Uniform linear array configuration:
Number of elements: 24
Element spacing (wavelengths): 1
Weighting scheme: kaiser
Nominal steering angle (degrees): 15
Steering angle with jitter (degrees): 14.464
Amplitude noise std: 0.05
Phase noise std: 0.05

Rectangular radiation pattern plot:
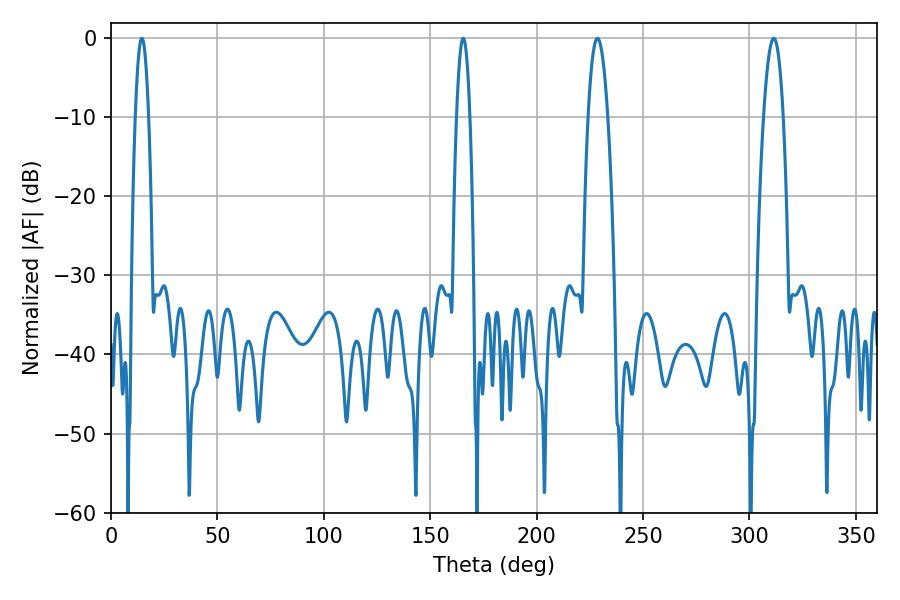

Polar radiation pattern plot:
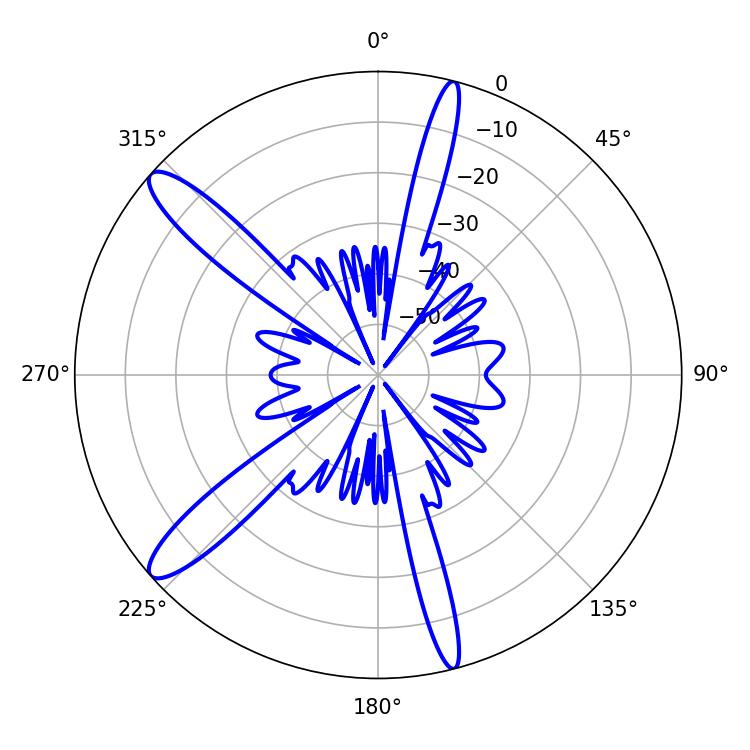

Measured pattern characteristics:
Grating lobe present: TRUE
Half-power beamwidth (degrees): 5.04
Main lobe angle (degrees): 228.6